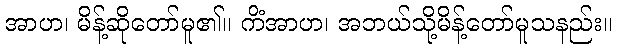
အာဟ၊ မိန့်ဆိုတော်မူ၏။ ကိံအာဟ၊ အဘယ်သို့မိန့်တော်မူသနည်း။